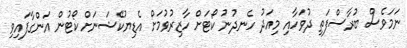
ނަމަވެސް ބުރާސްފަތި ދުވަހާއި މިއަދު ހެނދުނު ކޯޓަށް ހާޒިރުވުމަށް އެޑިޔުކޭޝަނަށް ކޯޓުން އަންގާފައިވި